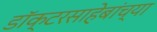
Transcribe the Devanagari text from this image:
डॉक्टरसाहेबांच्या